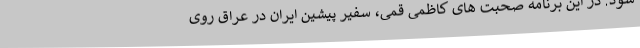
شود. در این برنامه صحبت های کاظمی قمی، سفیر پیشین ایران در عراق روی